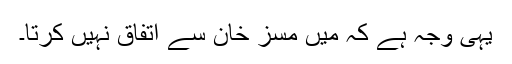
یہی وجہ ہے کہ میں مسز خان سے اتفاق نہیں کرتا۔